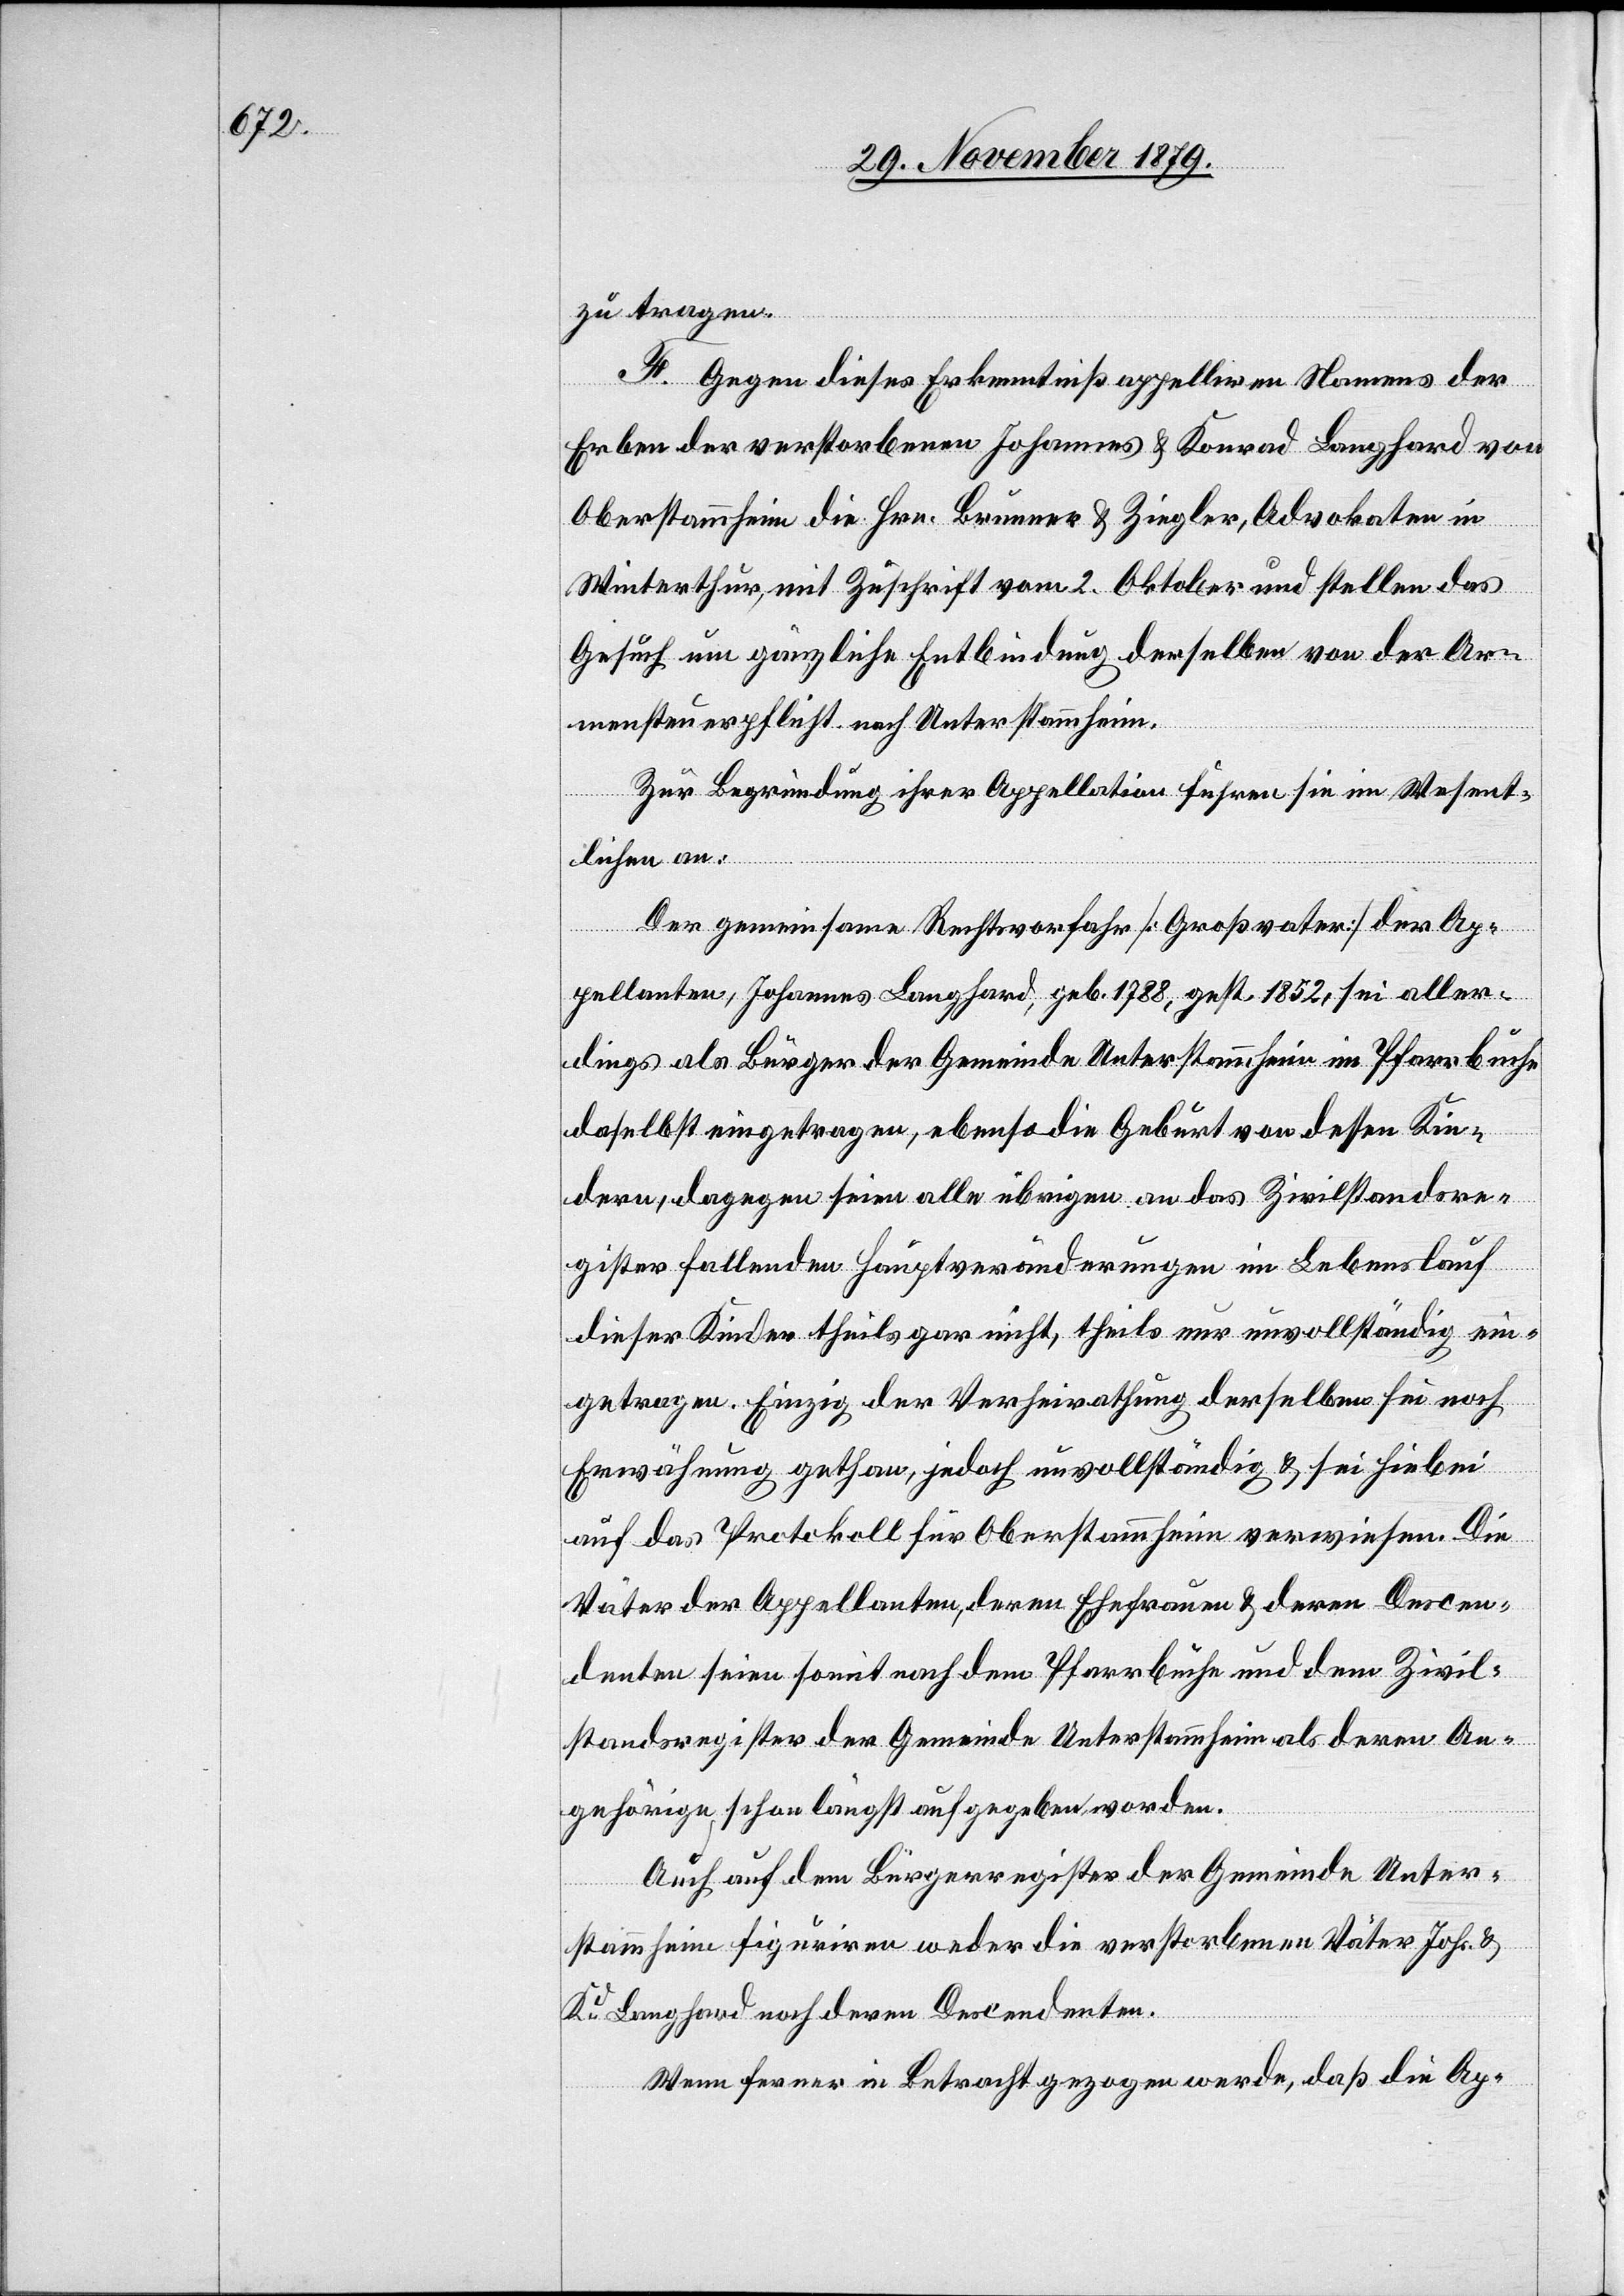
zu tragen.
F. Gegen dieses Erkenntniß appelliren Namens der
Erben der verstorbenen Johannes & Konrad Langhard von
Oberstammheim die Hrn. Brunner & Ziegler, Advokaten in
Winterthur mit Zuschrift vom 2. Oktober und stellen das
Gesuch um gänzliche Entbindung derselben von der Ar¬
mensteuerpflicht nach Unterstammheim.
Zur Begründung ihrer Appellation führen sie im Wesent¬
lichen an:
Der gemeinsame Rechtsvorfahr [Großvater] der Ap¬
pellanten, Johannes Langhard, geb. 1788, gest. 1852, sei aller¬
dings als Bürger der Gemeinde Unterstammheim im Pfarrbuche
daselbst eingetragen, ebenso die Geburt von dessen Kin¬
dern, dagegen seien alle übrigen an das Zivilstandsre¬
gister fallenden Hauptveränderungen im Lebenslauf
dieser Kinder theils gar nicht, theils nur unvollständig ein¬
getragen. Einzig der Verheirathung derselben sei noch
Erwähnung gethan, jedoch unvollständig & sei hiebei
auf das Protokoll für Oberstammheim verwiesen. Die
Väter der Appellanten, deren Ehefrauen & deren Descen¬
denten seien somit nach dem Pfarrbuche und dem Zivil¬
standsregister der Gemeinde Unterstammheim als deren An¬
gehörige schon längst aufgegeben worden.
Auch auf dem Bürgerregister der Gemeinde Unter¬
stammheim figuriren weder die verstorbenen Väter Joh. &
Kd Langhard noch deren Descendenten.
Wenn ferner in Betracht gezogen werde, daß die Ap-